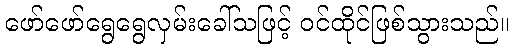
ဖော်ဖော်ရွေရွေလှမ်းခေါ်သဖြင့် ဝင်ထိုင်ဖြစ်သွားသည်။